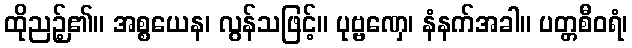
ထိုညဉ့်၏။ အစ္စယေန၊ လွန်သဖြင့်။ ပုဗ္ဗဏှေ၊ နံနက်အခါ။ ပတ္တစီဝရံ၊